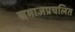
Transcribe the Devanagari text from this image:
समाजप्रचलित